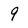
Character: 9